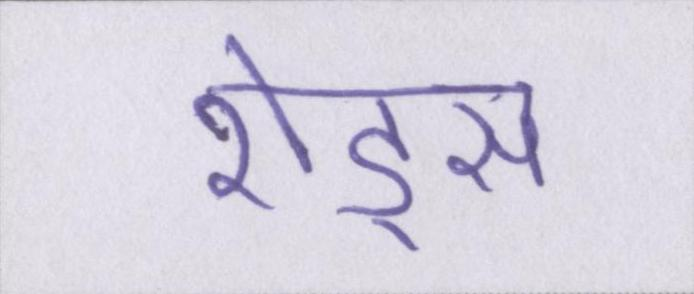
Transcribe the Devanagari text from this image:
शेड्स